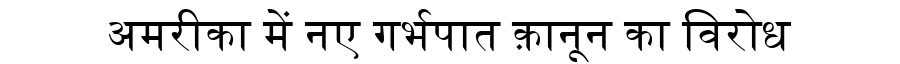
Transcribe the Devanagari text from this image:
अमरीका में नए गर्भपात क़ानून का विरोध